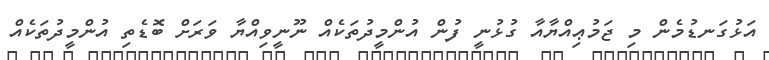
އަޅުގަނޑުމެން މި ޖަމުޢިއްޔާއާ ގުޅުނީ ފުން އުންމީދުތަކެއް ނޫނީވިއްޔާ ވަރަށް ބޮޑެތި އުންމީދުތަކެއް